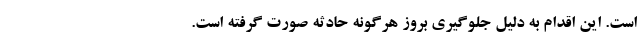
است. این اقدام به دلیل جلوگیری بروز هرگونه حادثه صورت گرفته است.